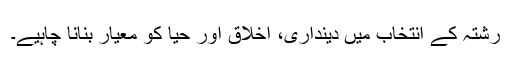
رشتہ کے انتخاب میں دینداری، اخلاق اور حیا کو معیار بنانا چاہیے۔